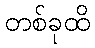
တစ်ခုထိ